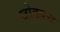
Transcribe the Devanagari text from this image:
जोडबस